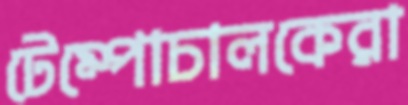
টেম্পোচালকেরা